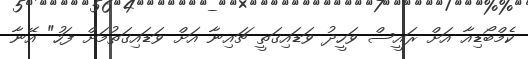
ކެމްބޯޑިއާ އަށް ރައީސް ވަހީދު ވަޑައިގަތީ ޗައިނާ އަށް ވަޑައިގަތުމަށް ފަހު" އޭނާ